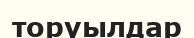
торуылдар